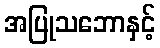
အပြုသဘောနှင့်